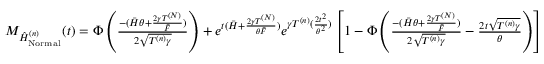
\begin{array} { r } { M _ { \hat { H } _ { \mathrm { N o r m a l } } ^ { ( n ) } } ( t ) = \Phi \left( \frac { - ( \Bar { H } \theta + \frac { 2 \gamma T ^ { ( N ) } } { \Bar { F } } ) } { 2 \sqrt { T ^ { ( n ) } \gamma } } \right) + e ^ { t ( \Bar { H } + \frac { 2 \gamma T ^ { ( N ) } } { \theta \Bar { F } } ) } e ^ { \gamma T ^ { ( n ) } ( \frac { 2 t ^ { 2 } } { \theta ^ { 2 } } ) } \left[ 1 - \Phi \left( \frac { - ( \Bar { H } \theta + \frac { 2 \gamma T ^ { ( N ) } } { \Bar { F } } ) } { 2 \sqrt { T ^ { ( n ) } \gamma } } - \frac { 2 t \sqrt { T ^ { ( n ) } \gamma } } { \theta } \right) \right] } \end{array}